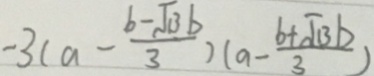
- 3 ( a - \frac { b - \sqrt { 1 3 } b } { 3 } ) ( a - \frac { b + \sqrt { 1 3 } b ) } { 3 }